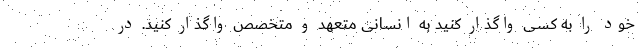
خود را به کسی واگذار کنید به انسانی متعهد و متخصص واگذار کنید. در